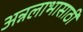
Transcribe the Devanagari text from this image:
अन्नलाभासाठी